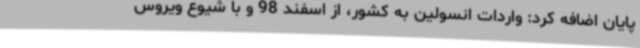
پایان اضافه کرد: واردات انسولین به کشور، از اسفند 98 و با شیوع ویروس